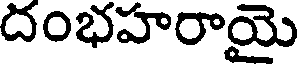
దంభహరాయై